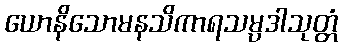
ယောနိသောမနသိကာရသမ္ပဒါသုတ္တံ